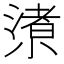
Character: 𱚩